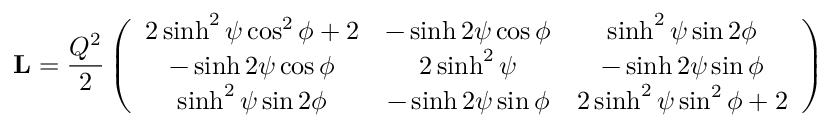
\mathbf { L } = \frac { Q ^ { 2 } } { 2 } \left( \begin{array} { c c c } { { 2 \sinh ^ { 2 } \psi \cos ^ { 2 } \phi + 2 } } & { { - \sinh 2 \psi \cos \phi } } & { { \sinh ^ { 2 } \psi \sin 2 \phi } } \\ { { - \sinh 2 \psi \cos \phi } } & { { 2 \sinh ^ { 2 } \psi } } & { { - \sinh 2 \psi \sin \phi } } \\ { { \sinh ^ { 2 } \psi \sin 2 \phi } } & { { - \sinh 2 \psi \sin \phi } } & { { 2 \sinh ^ { 2 } \psi \sin ^ { 2 } \phi + 2 } } \end{array} \right)